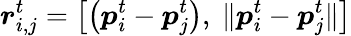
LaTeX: \boldsymbol{r}_{i,j}^{t}=\left[\left(\boldsymbol{p}_{i}^{t}-\boldsymbol{p}_{j}^{t}\right),\ \lVert\boldsymbol{p}_{i}^{t}-\boldsymbol{p}_{j}^{t}\rVert\right]